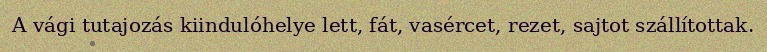
A vági tutajozás kiindulóhelye lett, fát, vasércet, rezet, sajtot szállítottak.